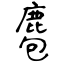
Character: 麅